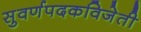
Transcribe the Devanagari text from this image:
सुवर्णपदकविजेती